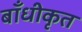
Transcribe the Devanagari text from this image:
बाँधीकृत